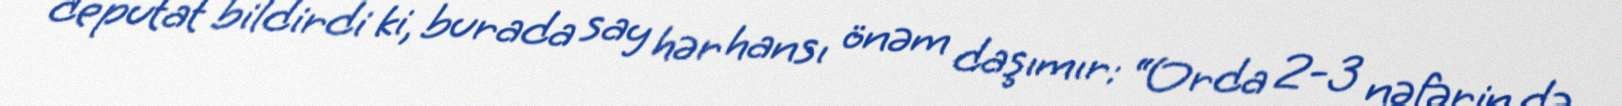
deputat bildirdi ki, burada say hər hansı önəm daşımır: “Orda 2-3 nəfərin də